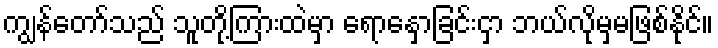
ကျွန်တော်သည် သူတို့ကြားထဲမှာ ရောနှောခြင်းငှာ ဘယ်လိုမှမဖြစ်နိုင်။